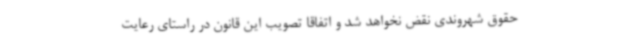
حقوق شهروندی نقض نخواهد شد و اتفاقا تصویب این قانون در راستای رعایت